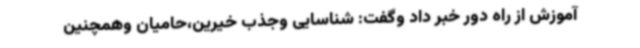
آموزش از راه دور خبر داد وگفت: شناسایی وجذب خیرین،حامیان وهمچنین